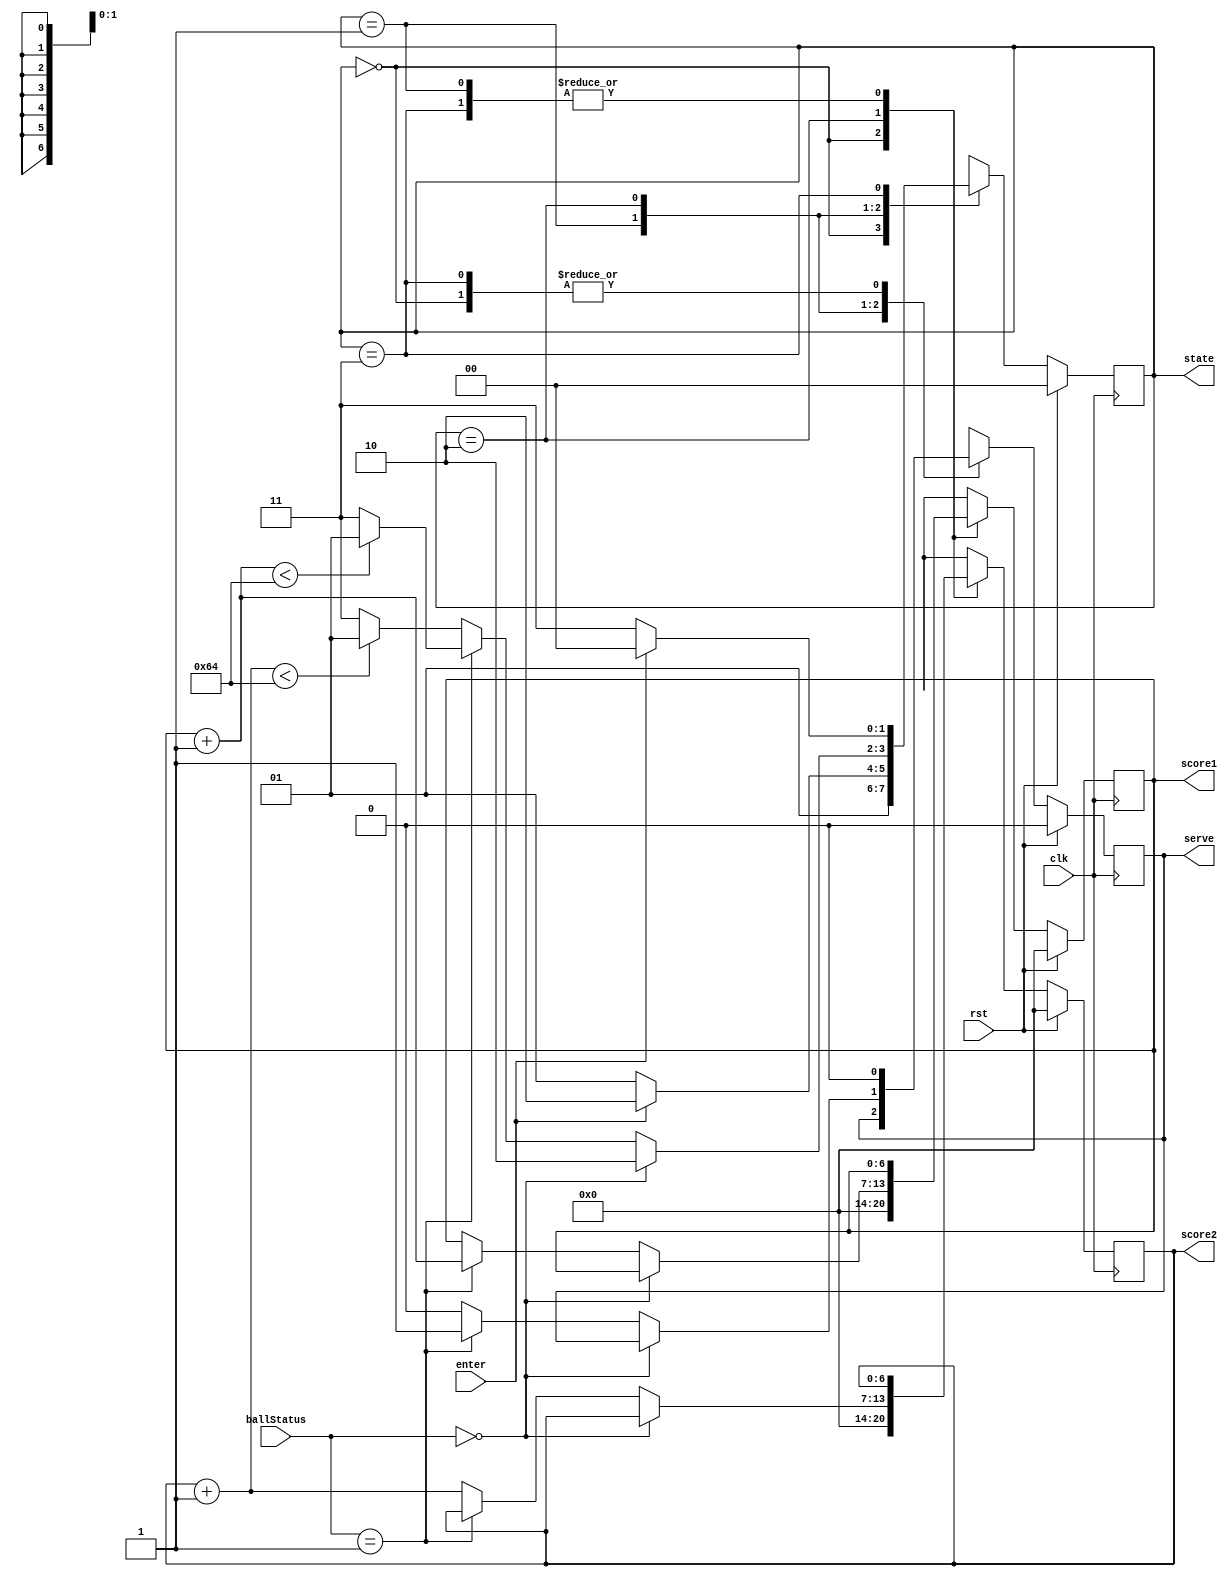
// state of the game
`define START 2'b00
`define SERVE 2'b01
`define PLAY 2'b10
`define DONE 2'b11
// ball state
`define PLAYING 2'b00
`define PLAYER1WIN 2'b01
`define PLAYER2WIN 2'b10

module GameLogic(clk, rst, ballStatus, enter, state, score1, score2, serve);
    input clk, rst;
    input [1:0] ballStatus;
    input enter;
    output reg [1:0] state;
    output reg [6:0] score1, score2;
    output reg serve; // 0: player1 serve, 1: player2 serve
    
    reg [1:0] nextState;
    reg [6:0] nextScore1, nextScore2;
    reg nextServe;
    
    // reset
    always @(posedge clk) begin
        if(rst==1'b1) begin
            state <= `START;
            score1 <= 7'd0;
            score2 <= 7'd0;
            serve <= 1'b0;
        end else begin
            state <= nextState;
            score1 <= nextScore1;
            score2 <= nextScore2;
            serve <= nextServe;
        end
    end
    
    // state of the game
    always @(*) begin
        case(state) 
            `START: begin
                nextState = `SERVE;
                nextScore1 = 7'd0;
                nextScore2 = 7'd0;
                nextServe = 1'b0;
            end
            `SERVE: begin
                nextScore1 = score1;
                nextScore2 = score2;
                nextServe = serve;
                if(enter==1'b1) begin
                    nextState = `PLAY;
                end else begin
                    nextState = `SERVE;
                end
            end
            `PLAY: begin
                nextScore1 = score1;
                nextScore2 = score2;
                nextServe = serve;
                if(ballStatus==`PLAYING) begin
                    nextState = `PLAY;
                end else if(ballStatus==`PLAYER1WIN) begin
                    nextScore1 = score1 + 1'b1;
                    nextServe = 1'b1;
                    if(nextScore1<7'd100) begin
                        nextState = `SERVE;
                    end else begin
                        nextState = `DONE;
                    end
                end else begin
                    nextScore2 = score2 + 1'b1;
                    nextServe = 1'b0;
                    if(nextScore2<7'd100) begin
                        nextState = `SERVE;
                    end else begin
                        nextState = `DONE;
                    end
                end
            end
            `DONE: begin
                nextScore1 = score1;
                nextScore2 = score2;
                nextServe = 1'b0;
                if(enter==1'b1) begin
                    nextState = `START;
                end else begin
                    nextState = `DONE;
                end
            end
        endcase
    end
endmodule